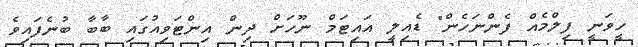
ހީވަނީ ފިލްމެއް ފެންނަހެން" ޑެއިލީ އައިޓަމް ނޫހަށް ދިން އިންޓަވިއުގައި ބާބާ ބުނެފައިވެ